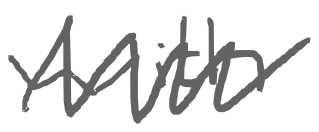
Text: with
Cross-out: zig-zag
Writing tool: digital_gray